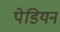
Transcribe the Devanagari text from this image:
पेडियन